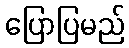
ပြောပြမည်